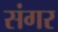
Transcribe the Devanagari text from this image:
संगर